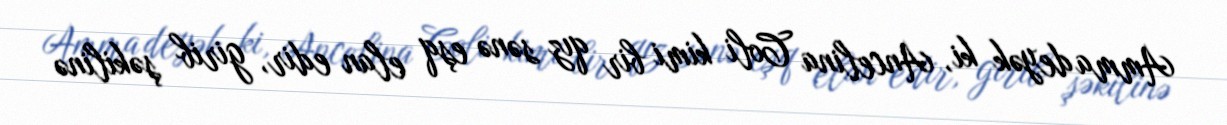
Amma deyək ki, Ancelina Coli kimi bir qız sənə eşq elan edir, girib şəkilinə